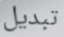
تبديل